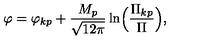
\varphi = { \varphi _ { k p } } + \frac { M _ { p } } { \sqrt { 1 2 \pi } } \ln \Bigl ( \frac { { \Pi } _ { k p } } { \Pi } \Bigr ) ,